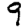
Digit: 9